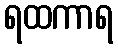
ရထကာရ